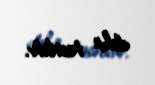
daha təsirlidir.